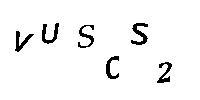
VUSCS2